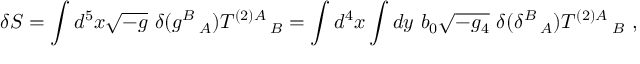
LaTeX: \delta S = \int d ^ { 5 } x \sqrt { - g } ~ \delta ( g ^ { B } \, _ { A } ) T ^ { ( 2 ) A } \, _ { B } = \int d ^ { 4 } x \int d y ~ b _ { 0 } \sqrt { - g _ { 4 } } ~ \delta ( \delta ^ { B } \, _ { A } ) T ^ { ( 2 ) A } \, _ { B } ~ ,